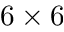
6 \times 6